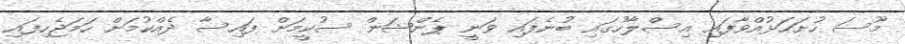
މޫސަ ހުށަހަޅުއްވާފައި އިސްލާހުގައި ބުނެފައި ވަނީ ޕެންޝަން ސުކީމަށް ފައިސާ ދެއްކުމަށް ހަމަޖެހިފައި